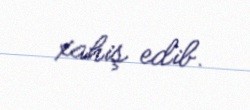
xahiş edib.